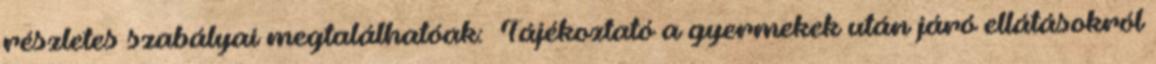
részletes szabályai megtalálhatóak: Tájékoztató a gyermekek után járó ellátásokról